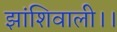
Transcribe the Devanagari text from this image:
झांशिवाली।।